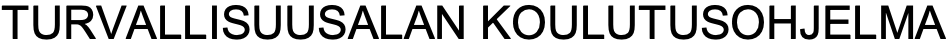
TURVALLISUUSALAN KOULUTUSOHJELMA